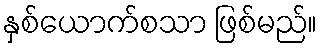
နှစ်ယောက်စသာ ဖြစ်မည်။